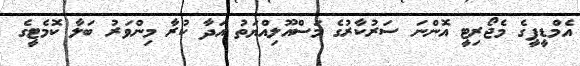
އެމްޑީޕީގެ މެޖޯރިޓީ އޮންނަ ސަރުކާރުގެ މަސްއޫލިއްޔަތު އަދާ ކުރާ މިންވަރު ބަލާ ކޮމެޓީގެ